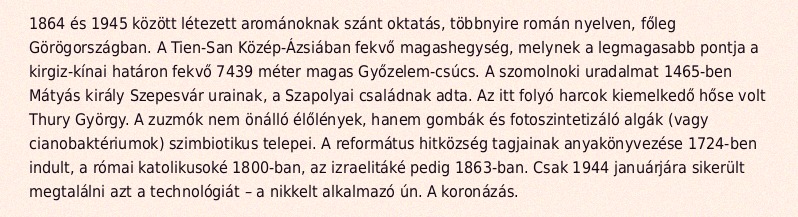
1864 és 1945 között létezett arománoknak szánt oktatás, többnyire román nyelven, főleg Görögországban. A Tien-San Közép-Ázsiában fekvő magashegység, melynek a legmagasabb pontja a kirgiz-kínai határon fekvő 7439 méter magas Győzelem-csúcs. A szomolnoki uradalmat 1465-ben Mátyás király Szepesvár urainak, a Szapolyai családnak adta. Az itt folyó harcok kiemelkedő hőse volt Thury György. A zuzmók nem önálló élőlények, hanem gombák és fotoszintetizáló algák (vagy cianobaktériumok) szimbiotikus telepei. A református hitközség tagjainak anyakönyvezése 1724-ben indult, a római katolikusoké 1800-ban, az izraelitáké pedig 1863-ban. Csak 1944 januárjára sikerült megtalálni azt a technológiát – a nikkelt alkalmazó ún. A koronázás.